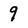
Character: 9